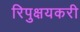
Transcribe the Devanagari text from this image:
रिपुक्षयकरी